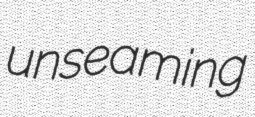
unseaming